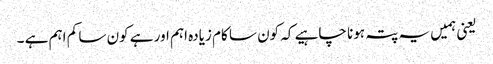
یعنی ہمیں یہ پتہ ہونا چاہیے کہ کون سا کام زیادہ اہم اور ہے کون سا کم اہم ہے ۔